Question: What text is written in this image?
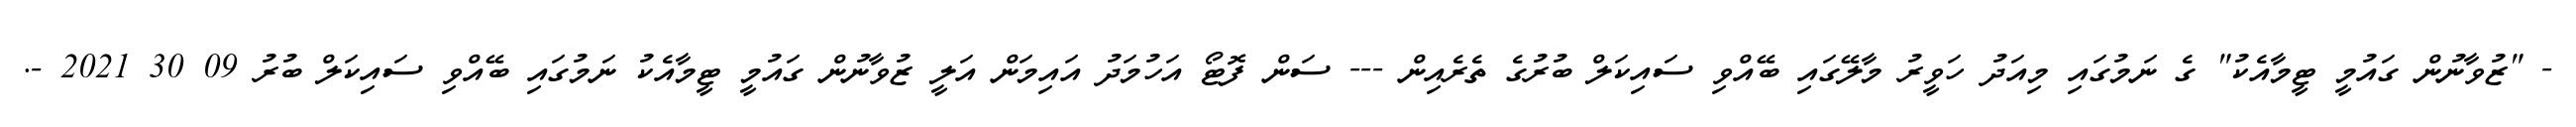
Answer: - "ޒުވާނުން ގައުމީ ޓީމާއެކު" ގެ ނަމުގައި މިއަދު ހަވީރު މާލޭގައި ބޭއްވި ސައިކަލް ބުރުގެ ތެރެއިން --- ސަން ފޮޓޯ އަހުމަދު އައިމަން އަލީ ޒުވާނުން ގައުމީ ޓީމާއެކު ނަމުގައި ބޭއްވި ސައިކަލް ބުރު 09 30 2021 -.